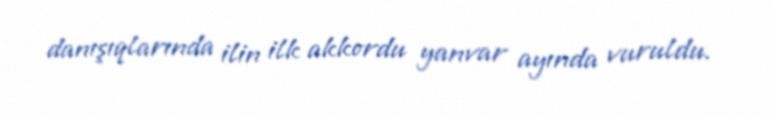
danışıqlarında ilin ilk akkordu yanvar ayında vuruldu.